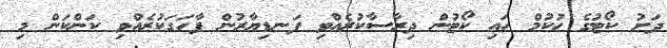
ދަށު ކޯޓުގެ ހުކުމް ހައި ކޯޓުން ދިރާސާކުރެއްވި ފަނޑިޔާރުން ފާހަގަކުރެއްވި ކަންކަން މި